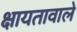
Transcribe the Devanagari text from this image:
क्षायतावाले